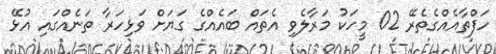
ހަފްތާއެއްގެތެރޭ 02 މީހަކު މަރާލެވި އެތައް ބައެއްގެ ގަޔަށް ވަޅިހަރާ ތަނެއްގައި އުޅޭ